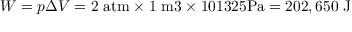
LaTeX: W = { p \Delta V } = 2 ~ { \mathrm { a t m } } \times 1 ~ { \mathrm { m 3 } } \times 1 0 1 3 2 5 { \mathrm { P a } } = 2 0 2 , 6 5 0 { \mathrm { ~ J } }